Vaccination in the Punjab 1867-1880 - 1867-1880
Year: 1867
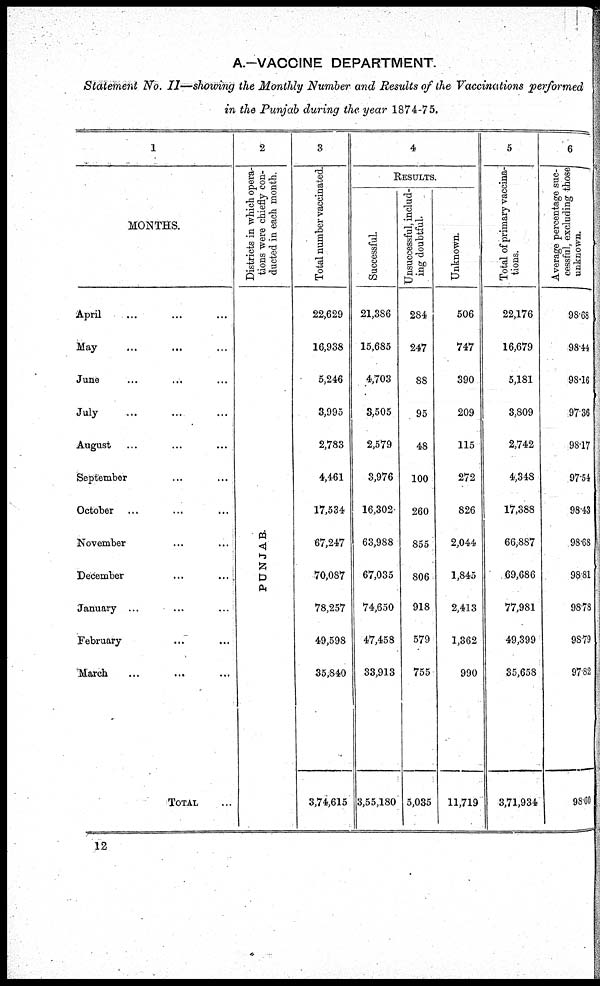
A.—VACCINE DEPARTMENT.
Statement No. II—showing the Monthly Number and Results of the Vaccinations performed
in the Punjab during the year 1874-75.
1
MONTHS.
April ... ... ...
May ... ... ...
June ... ... ...
July ... ... ...
August ... ...
September ... ...
October ... ... ...
November ... ...
December
...
...
January ... ... ...
February ... ...
March ... ... ...
TOTAL ...
2
Districts in which opera-
tions were chiefly con-
ducted in each month.
PUNJAB.
3
Total number vaccinated.
22,629
16,938
5,246
3,995
2,783
4,461
17,534
67,247
70,087
78,257
49,598
35,840
3,74,615
4
Results.
Successful.
21,386
15,685
4,703
3,505
2,579
3,976
16,302
63,988
67,035
74,650
47,458
33,913
3,55,180
Unsuccessful, includ-
ing doubtful.
284
247
88
95
48
100
260
855
806
918
579
755
5,035
Unknown.
506
747
390
209
115
272
826
2,044
1,845
2,413
1,362
990
11,719
5
Total of primary vaccina-
tions.
22,176
16,679
5,181
3,809
2,742
4,348
17,388
66,887
69,686
77,981
49,399
35,658
3,71,934
6
Average percentage suc-
cessful, excluding those
unknown.
98.68
98.44
98.16
97.36
98.17
97.54
98.43
98.68
98.81
98.78
98.79
97.82
98.60
12